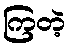
ကြတဲ့